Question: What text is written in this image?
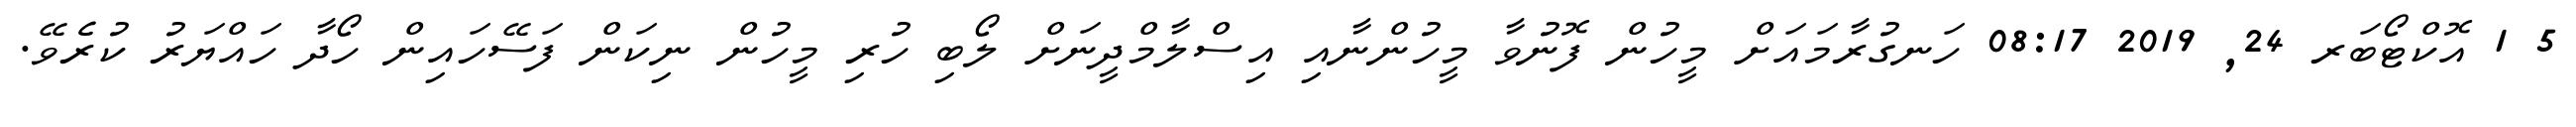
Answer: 5 1 އޮކްޓޯބަރ 24, 2019 08:17 ހަނގުރާމައަށް މީހުން ފޮނުވާ މީހުންނާއި އިސްލާމްދީނަށް ލޯބި ހުރި މީހުން ނިކަން ފަސޭހައިން ހޯދާ ހައްޔަރު ކުރެވޭ.